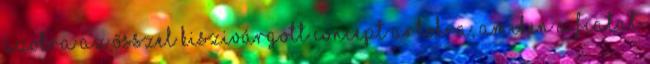
azokra az ősszel kiszivárgott concept artokra, amiken a fiatal